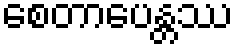
စေတာပေန္တဿ